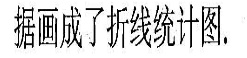
据画成了折线统计图。